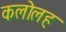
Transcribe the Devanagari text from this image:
कलोलह